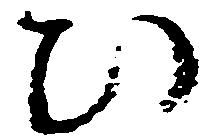
ひ